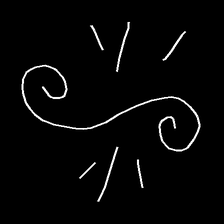
Glyph: wind-directs-air